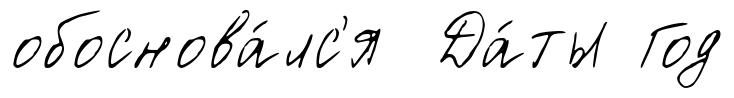
обоснова́лс'я Да́ты Год